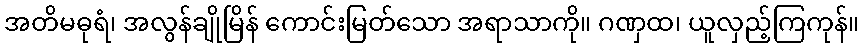
အတိမဓုရံ၊ အလွန်ချိုမြိန် ကောင်းမြတ်သော အရာသာကို။ ဂဏှထ၊ ယူလှည့်ကြကုန်။